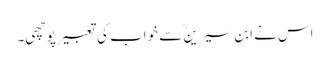
اس نے ابن سیرینؒ سے خواب کی تعبیر پوچھی۔